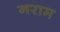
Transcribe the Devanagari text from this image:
नराम